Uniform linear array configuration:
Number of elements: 12
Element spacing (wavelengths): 0.5
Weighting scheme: hamming
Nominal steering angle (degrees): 0
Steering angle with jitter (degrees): -0.5261
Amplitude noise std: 0.05
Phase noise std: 0.05

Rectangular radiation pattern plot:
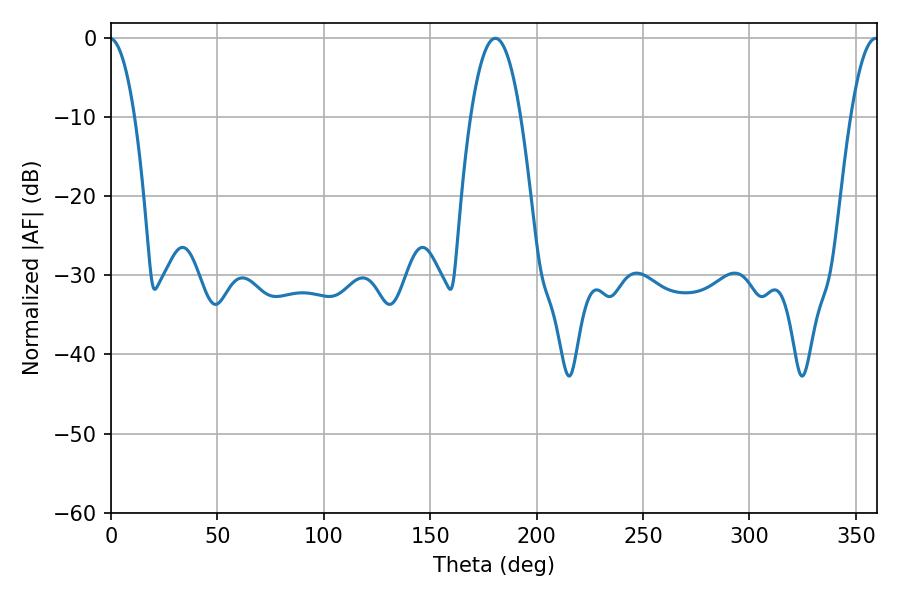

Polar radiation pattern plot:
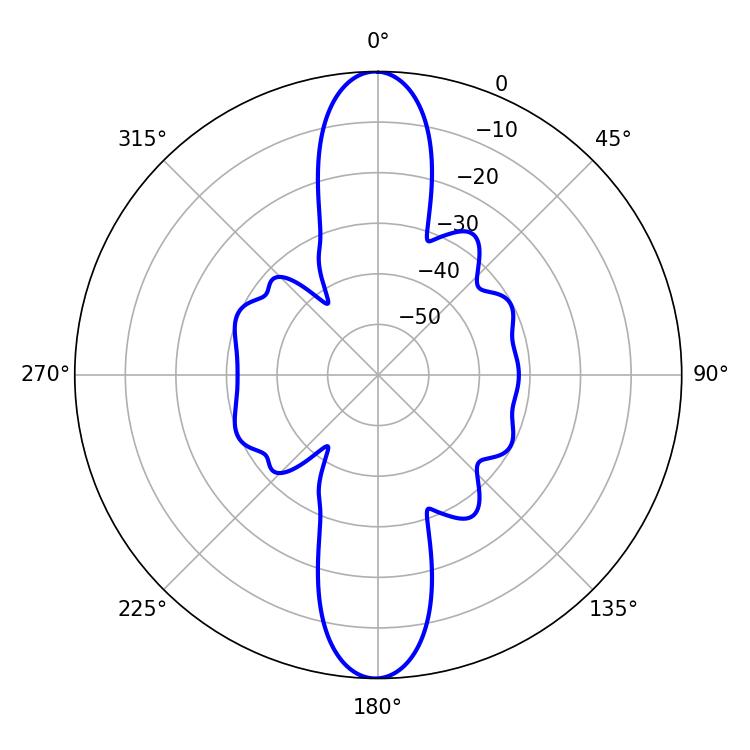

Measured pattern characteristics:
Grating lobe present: FALSE
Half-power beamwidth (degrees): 13.14
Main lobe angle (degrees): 180.54